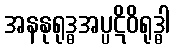
အနနုရုဒ္ဓအပ္ပဋိဝိရုဒ္ဓါ